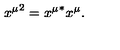
{ x ^ { \mu } } ^ { 2 } = { x ^ { \mu } } ^ { * } x ^ { \mu } .